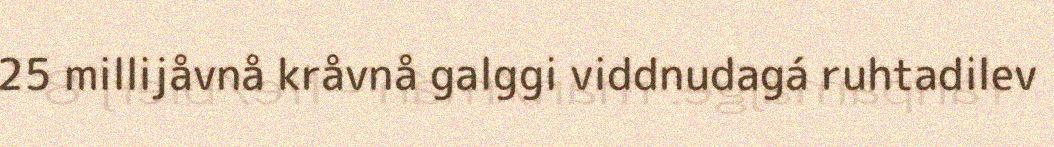
25 millijåvnå kråvnå galggi viddnudagá ruhtadilev